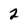
Character: 2